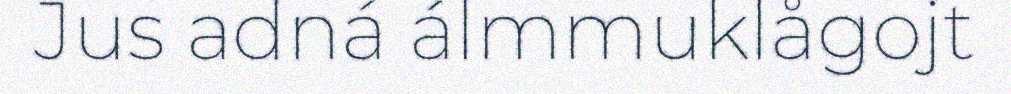
Jus adná álmmuklågojt